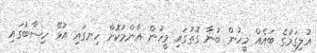
އުލިގަމުގެ ބައެއް މީހުން ބުނާ ގޮތުގައި މީހުން އާންމުކޮށް ހިނގައި އުޅޭ ހިސާބުގައި